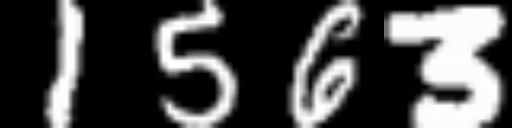
Text: 1563